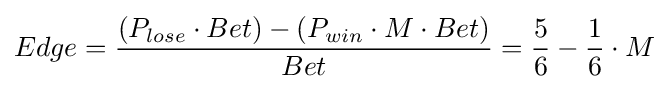
Edge={\frac {(P_{lose}\cdot Bet)-(P_{win}\cdot M\cdot Bet)}{Bet}}={\frac {5}{6}}-{\frac {1}{6}}\cdot M